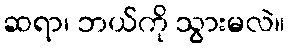
ဆရာ၊ ဘယ်ကို သွားမလဲ။